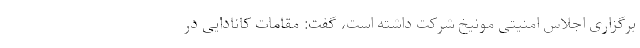
برگزاری اجلاس امنیتی مونیخ شرکت داشته است، گفت: مقامات کانادایی در